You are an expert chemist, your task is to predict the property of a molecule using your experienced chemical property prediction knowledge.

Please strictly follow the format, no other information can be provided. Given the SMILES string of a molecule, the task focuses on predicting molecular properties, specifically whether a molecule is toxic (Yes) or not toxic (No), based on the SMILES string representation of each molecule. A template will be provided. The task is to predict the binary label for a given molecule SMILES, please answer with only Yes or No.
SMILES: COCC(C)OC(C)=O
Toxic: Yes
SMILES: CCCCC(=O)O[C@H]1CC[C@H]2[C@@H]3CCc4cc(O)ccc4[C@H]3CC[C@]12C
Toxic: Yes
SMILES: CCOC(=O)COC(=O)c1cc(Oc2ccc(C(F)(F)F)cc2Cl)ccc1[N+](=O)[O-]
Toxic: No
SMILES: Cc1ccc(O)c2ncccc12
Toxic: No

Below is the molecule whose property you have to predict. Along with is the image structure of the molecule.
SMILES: CC1(C)S[C@@H]2[C@H](NC(=O)[C@H](N)c3ccccc3)C(=O)N2[C@H]1C(=O)O
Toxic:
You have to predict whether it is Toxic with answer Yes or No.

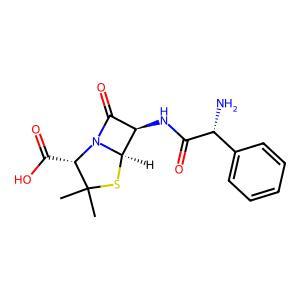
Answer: No